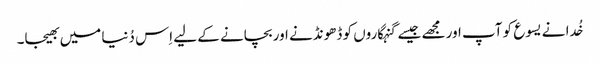
خُدا نے یسوع کو آپ اور مجھے جیسے گنہگاروں کو ڈھونڈنے اور بچانے کے لیے اِس دُنیا میں بھیجا۔